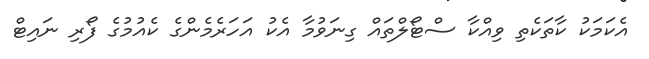
އެކަމަކު ކާތަކެތި ވިއްކާ ސްޓޯލްތައް ގިނަވުމާ އެކު އަހަރެމެންގެ ކެއުމުގެ ފޯރި ނައިޓް